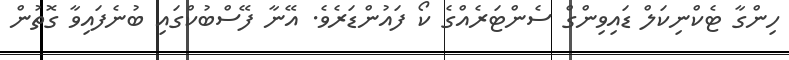
ހިންގާ ޓެކްނިކަލް ޑައިވިންގް ސެންޓަރެއްގެ ކޯ ފައުންޑަރެވެ. އޭނާ ފޭސްބުކްގައި ބުނެފައިވާ ގޮތުން